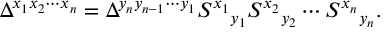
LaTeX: \Delta ^ { x _ { 1 } x _ { 2 } \cdots x _ { n } } = \Delta ^ { y _ { n } y _ { n - 1 } \cdots y _ { 1 } } S ^ { x _ { 1 } } { } _ { y _ { 1 } } S ^ { x _ { 2 } } { } _ { y _ { 2 } } \cdots S ^ { x _ { n } } { } _ { y _ { n } } .